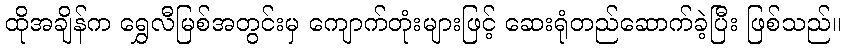
ထိုအချိန်က ရွှေလီမြစ်အတွင်းမှ ကျောက်တုံးများဖြင့် ဆေးရုံတည်ဆောက်ခဲ့ပြီး ဖြစ်သည်။